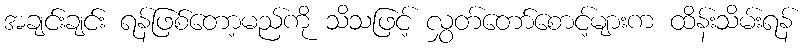
အချင်းချင်း ရန်ဖြစ်တော့မည်ကို သိသဖြင့် လွှတ်တော်စောင့်များက ထိန်းသိမ်းရန်